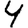
Digit: 4